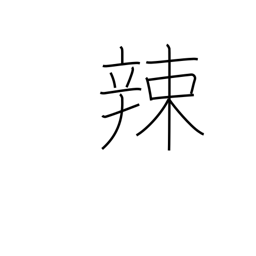
Meaning: pungent